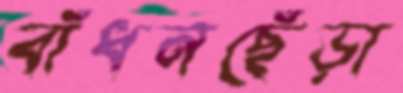
বাঁধনছেঁড়া